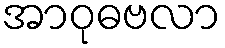
အာဝုဓဗလာ